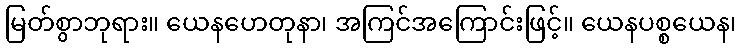
မြတ်စွာဘုရား။ ယေနဟေတုနာ၊ အကြင်အကြောင်းဖြင့်။ ယေနပစ္စယေန၊